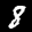
Label: 8